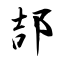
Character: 郆